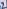
Text: 2